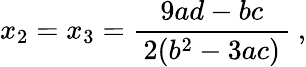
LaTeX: x_{2}=x_{3}={\frac{9ad-bc}{\, 2(b^{2}-3ac)\, }}~,